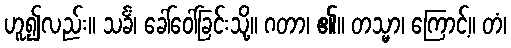
ဟူ၍လည်း။ သင်္ခံ၊ ခေါ်ဝေါ်ခြင်းသို့။ ဂတာ၊ ၏။ တသ္မာ၊ ကြောင့်။ တံ၊